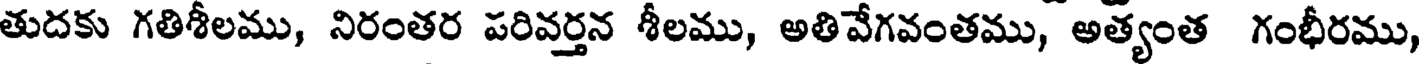
తుదకు గతిశీలము, నిరంతర పరివర్తన శీలము, అతివేగవంతము, అత్యంత గంభీరము,